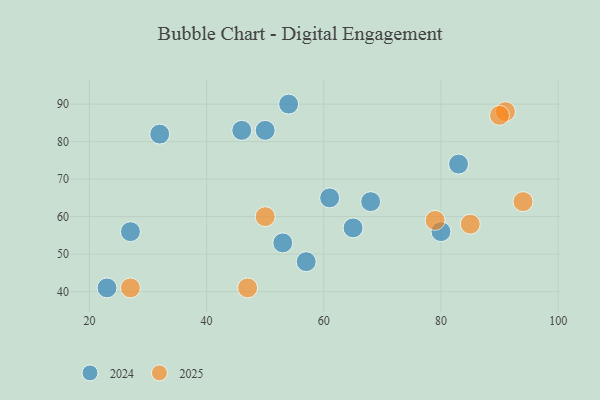
{"axis": {"x": "GDP", "y": "Life Expectancy"}, "legend": ["2024", "2025"], "data": [{"x": "68", "y": 64, "type": "2024"}, {"x": "80", "y": 56, "type": "2024"}, {"x": "23", "y": 41, "type": "2024"}, {"x": "65", "y": 57, "type": "2024"}, {"x": "27", "y": 56, "type": "2024"}, {"x": "83", "y": 74, "type": "2024"}, {"x": "46", "y": 83, "type": "2024"}, {"x": "53", "y": 53, "type": "2024"}, {"x": "32", "y": 82, "type": "2024"}, {"x": "54", "y": 90, "type": "2024"}, {"x": "57", "y": 48, "type": "2024"}, {"x": "50", "y": 83, "type": "2024"}, {"x": "61", "y": 65, "type": "2024"}, {"x": "27", "y": 41, "type": "2025"}, {"x": "91", "y": 88, "type": "2025"}, {"x": "90", "y": 87, "type": "2025"}, {"x": "47", "y": 41, "type": "2025"}, {"x": "50", "y": 60, "type": "2025"}, {"x": "79", "y": 59, "type": "2025"}, {"x": "85", "y": 58, "type": "2025"}, {"x": "94", "y": 64, "type": "2025"}]}